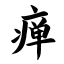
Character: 瘅